Report of the Indian Hemp Drugs Commission, 1894-1895 - Volume III
Year: 1894
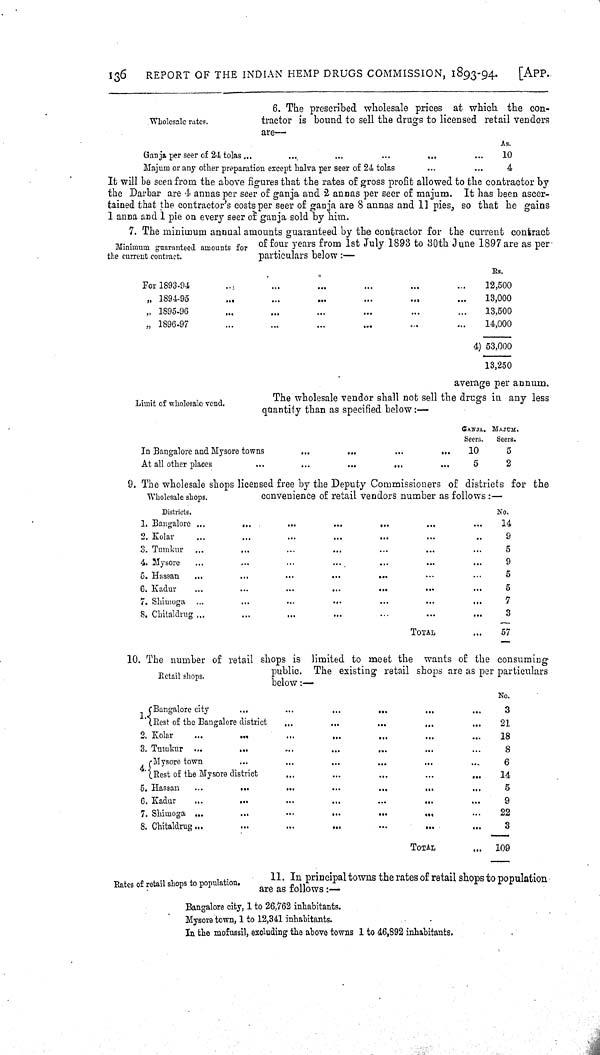
136
REPORT OF THE INDIAN HEMP DRUGS COMMISSION, 1893-94.
[APP.
Wholesale rates.
6. The prescribed wholesale prices at which the con-
tractor is bound to sell the drugs to licensed retail vendors
are—
As.
Ganja per seer of 24 tolas
10
Majum or any other preparation except halva per seer of 24 tolas
4
It will be seen from the above figures that the rates of gross profit allowed to the contractor by
the Darbar are 4 annas per seer of ganja and 2 annas per seer of majum. It has been ascer-
tained that the contractor's costs per seer of ganja are 8 annas and 11 pies, so that he gains
1 anna and 1 pie on every seer of ganja sold by him.
Minimum guaranteed amounts for
the current contract.
7. The minimum annual amounts guaranteed by the contractor for the current contract
of four years from 1st July 1893 to 30th June 1897 are as per
particulars below:—
Rs.
For 1893-94
12,500
" 1894-95
13,000
" 1895-96
13,500
" 1896-97
14,000
4) 53,000
13,250
Limit of wholesale vend.
average per annum.
The wholesale vendor shall not sell the drugs in any less
quantity than as specified below:—
GANJA.
Seers.
MAJUM.
Seers.
In Bangalore and Mysore towns
10
5
At all other places
5
2
Wholesale shops.
9. The wholesale shops licensed free by the Deputy Commissioners of districts for the
convenience of retail vendors number as follows:—
Districts.
No.
1. Bangalore
14
2. Kolar
9
3. Tumkur
5
4. Mysore
9
5. Hassan
5
6. Kadur
5
7. Shimoga
7
8. Chitaldrug
3
TOTAL
57
Retail shops.
10. The number of retail shops is limited to meet the wants of the consuming
public. The existing retail shops are as per particulars
below:—
No.
1. Bangalore city
3
Rest of the Bangalore district
21
2. Kolar
18
3. Tumkur
8
4. Mysore town
6
Rest of the Mysore district
14
5. Hassan
5
6. Kadur
9
7. Shimoga
22
8. Chitaldrug
3
TOTAL
109
Rates of retail shops to population.
11. In principal towns the rates of retail shops to population
are as follows:—
Bangalore city, 1 to 26,762 inhabitants.
Mysore town, 1 to 12,341 inhabitants.
In the mofussil, excluding the above towns 1 to 46,892 inhabitants.